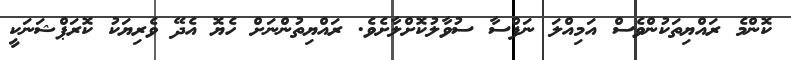
ކޮންމެ ރައްޔިތަކުންވެސް އަމިއްލަ ނަފްސާ ސުވާލުކޮށްލާށެވެ. ރައްޔިތުންނަށް ހެޔޮ އެދޭ ވެރިޔަކު ކޮރަޕްޝަނަކީ